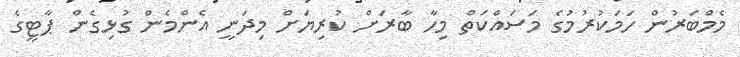
މެމްބަރުން ހަމަކުރުމުގެ މަސައްކަތް މިހާ ބާރަށް ކުރިޔަށް މިދަނީ އެންމެން ގުޅިގެން ޕާޓީގެ